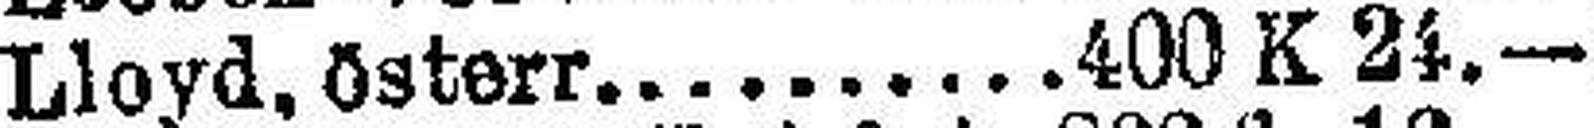
Lloyd, österr. 400 K 24.—